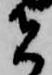
者